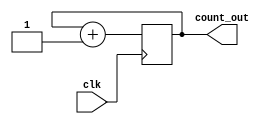
module counter(clk,count_out);
	 input clk;
	 output reg [3:0]count_out;
	 initial begin
	 count_out=4'b0;
	 end
	 always@(posedge clk)
	 begin
	 count_out<=count_out+1'b1;
end
endmodule